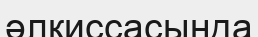
әлқиссасында